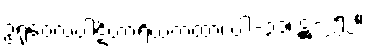
ဥရုဝေလပါဋိဟာရိယကထာ၊ ပါ-၃၁၊ ဋ္ဌ-၂၅၂။